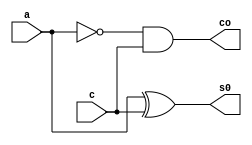
// ---------------------------
// -- Exemplo0022 FULL SUBTRACTOR
// -- Alexandre Palmieri Sad
// -- 440265
// ---------------------------

// -------------------------------------------------
// -- Exemplo0022 Subtrator de 4 bits
// -------------------------------------------------

// -------------------------------------------------
// -- HALF SUBTRACTOR
// -------------------------------------------------
module halfSubtractor(co, s0, a, c);
	output co;
	output s0;
	input   a;
	input   c;
	wire x1;
	xor A(s0, a, c);
	not N1(x1, a);
	and B(co, x1, c);
endmodule

// -------------------------------------------------
// -- FULL SUBTRACTOR
// -------------------------------------------------
module fullSubtractor(co, s0, a, b, c);
	output s0;
	output co;
	input   a;
	input   b;
	input   c;
	
	wire x1, x2, x3;
	halfSubtractor A(x2, x1, a, b);
	halfSubtractor B(x3, s0, x1, c);
	or 				C(co, x3, x2);
endmodule


// -------------------------------------------------
// -- FULL SUBTRACTOR 4Bits
// -------------------------------------------------
module fullSubtractor4B(co, s, a, b, c);
	output [3:0]s;
	output co;
	input  [3:0]a;
	input  [3:0]b;
	input  c;
	
	wire	x1, x2, x3;
	fullSubtractor A(x1, s[0], a[0], b[0], c);
	fullSubtractor B(x2, s[1], a[1], b[1], x1);
	fullSubtractor C(x3, s[2], a[2], b[2], x2);
	fullSubtractor D(co, s[3], a[3], b[3], x3);
endmodule

// -------------------------------------------------
// -- teste
// -------------------------------------------------
module testemodules();
	reg 	[3:0]a;
	reg 	[3:0]b;
	reg 	c;
	wire	[3:0]s;
	wire	co;
	
	fullSubtractor4B A(co, s, a, b, c);
	
	initial begin:start
		a = 4'b0000;
		b = 4'b0000;
		c = 0;
	end
	
	initial begin
		$display("Subtrator completo");
		$monitor("%4b - %4b = %4b", 
					 a, b, s);			 
		a = 4'b0001; b = 4'b0001; c = 0;
	#1
		a = 4'b0010; b = 4'b0001; c = 0;
	#1
		a = 4'b1000; b = 4'b0001; c = 0;
	#1
		a = 4'b1000; b = 4'b0010; c = 0;
	#1
		a = 4'b1000; b = 4'b0011; c = 0;
	#1
		a = 4'b0000; b = 4'b0001; c = 0;	
	end
	
endmodule